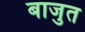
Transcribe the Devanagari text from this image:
बाजुत